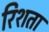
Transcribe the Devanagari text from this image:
रिशता